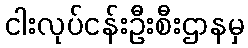
ငါးလုပ်ငန်းဦးစီးဌာနမှ